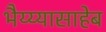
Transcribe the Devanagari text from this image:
भैय्य्यासाहेब